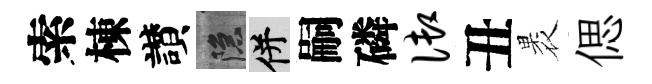
索棟讃隱并嗣磷御丑褁偲